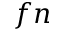
f n